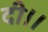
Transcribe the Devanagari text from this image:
दी।।